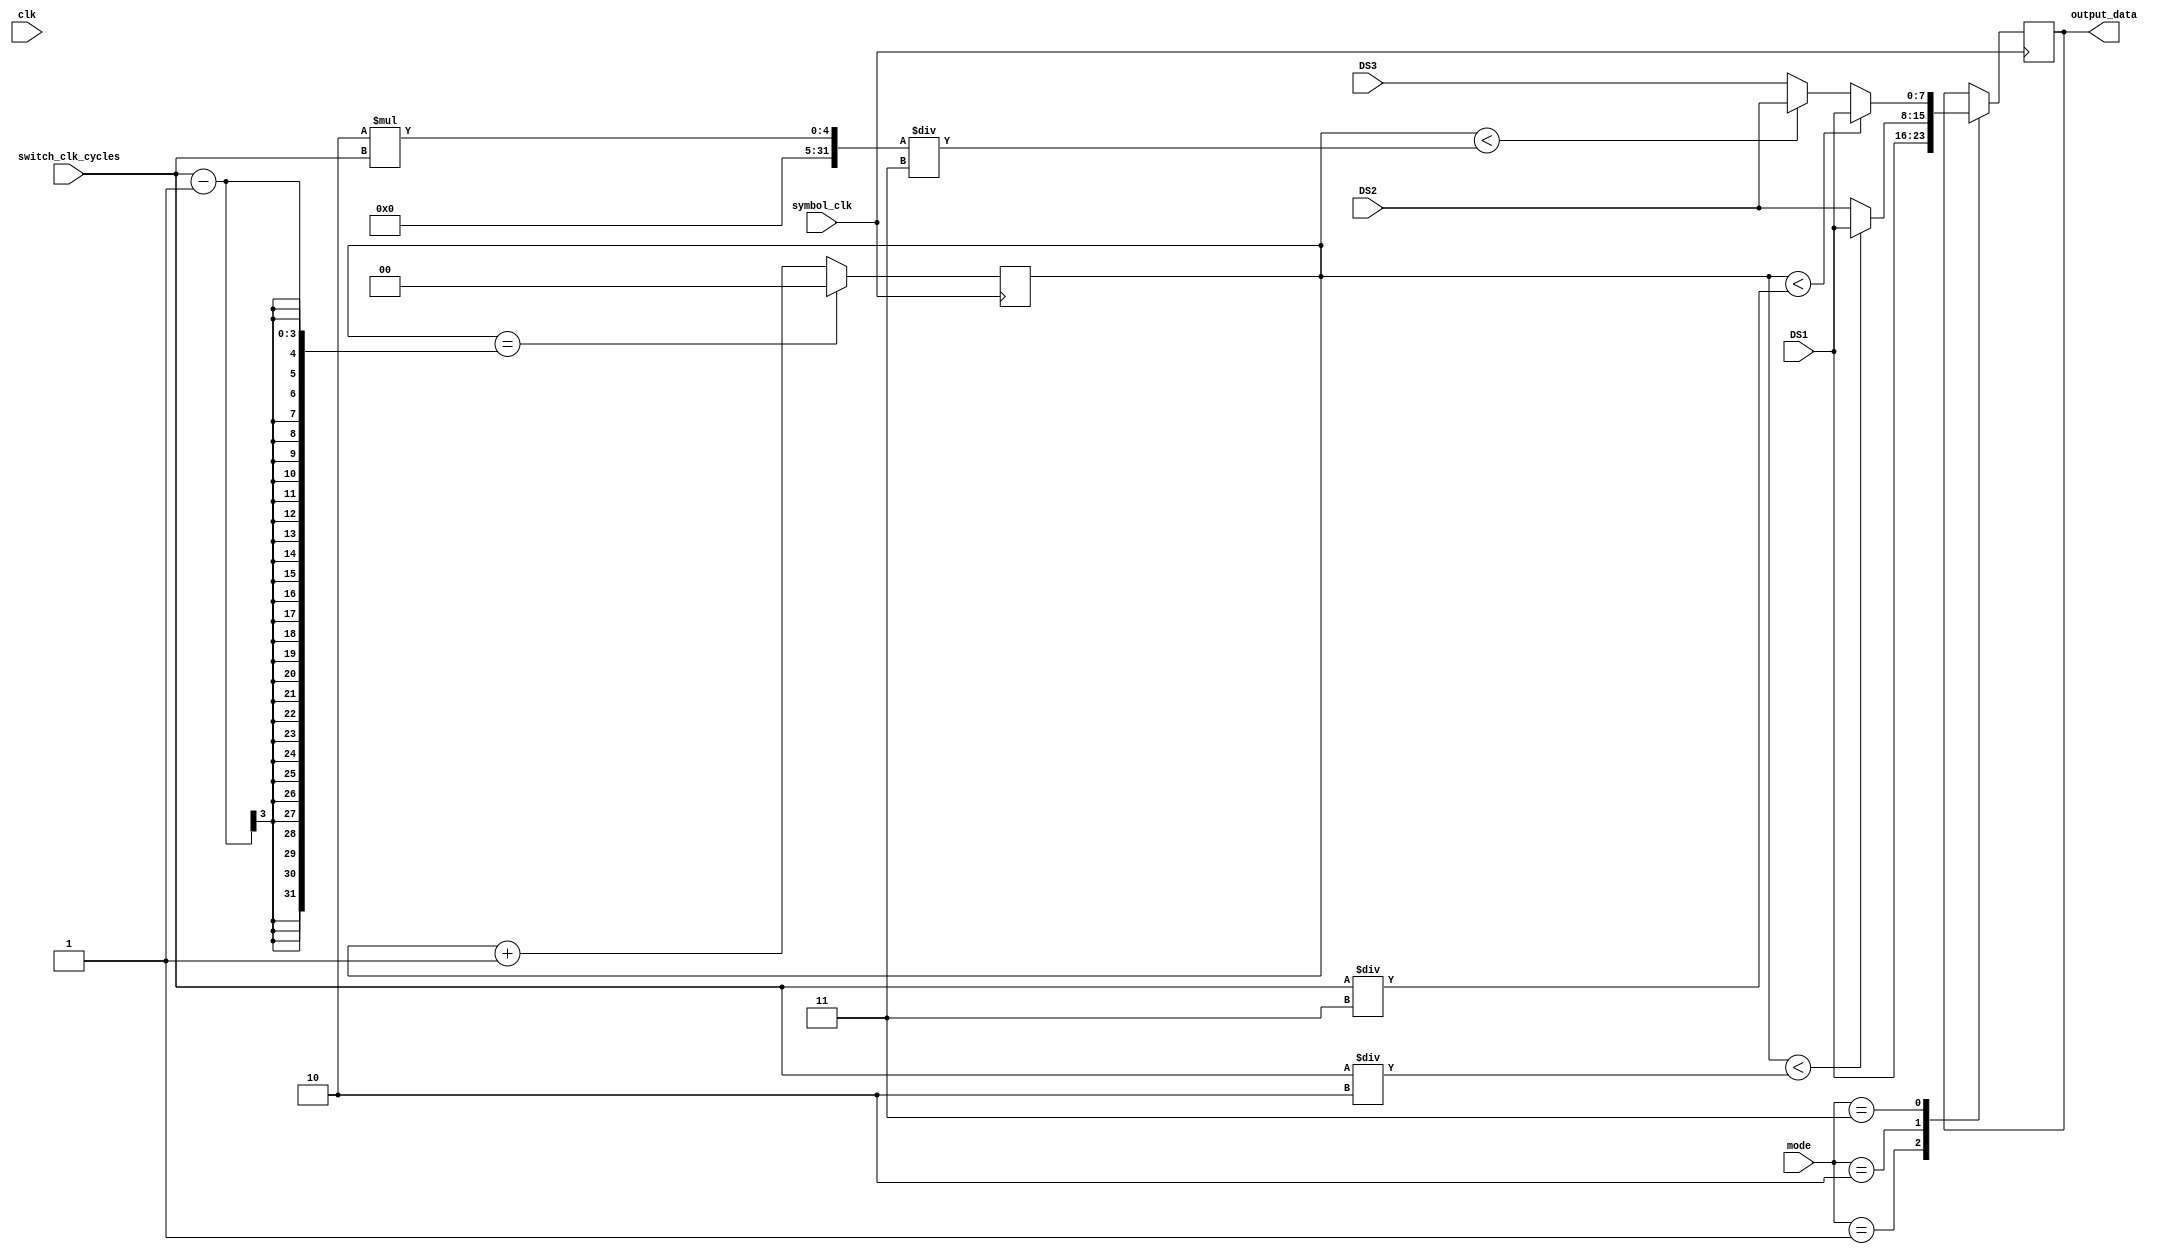
`timescale 1ns / 1ps
//////////////////////////////////////////////////////////////////////////////////
// Company: 
// Engineer: 
// 
// Design Name: 
// Module Name: datamux
// Project Name: 
// Target Devices: 
// Tool Versions: 
// Description: 
// 
// Dependencies: 
// 
// Revision:
// Revision 0.01 - File Created
// Additional Comments:
// 
//////////////////////////////////////////////////////////////////////////////////


module data_mux_module (
    input wire clk,                 // Internal clock signal (100MHz)
    input wire symbol_clk,          // External symbol clock
    input wire  [2:0] switch_clk_cycles,//  Number of clk cycles to switch data streams
    input wire [7:0] DS1,           // Data stream 1
    input wire [7:0] DS2,           // Data stream 2
    input wire [7:0] DS3,           // Data stream 3
    input wire [1:0] mode,          // Mode of operation (2 bits for 3 modes)
    output reg [7:0] output_data    // Output data stream
);

reg [1:0] counter = 2'b00;          // Counter to keep track of switching cycles
always @(posedge symbol_clk ) begin 
    if (counter ==  switch_clk_cycles-1) // When counter reaches switch_clk_cycles
        counter <= 0;
    else
        counter <= counter + 1'b1;
end
always @(posedge symbol_clk  ) begin
    case (mode)
        2'b01: output_data <= DS1;   // Mode 1: Only DS1
        2'b10: output_data <= (counter <switch_clk_cycles/2)? DS1:DS2; // Mode 2: DS1 and DS2
        2'b11: output_data <= (counter < switch_clk_cycles/3) ? DS1 :((counter < 2*switch_clk_cycles/3) ? DS2 : DS3); // Mode 3: DS1, DS2, DS3
        
    endcase
end

endmodule